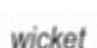
wicket